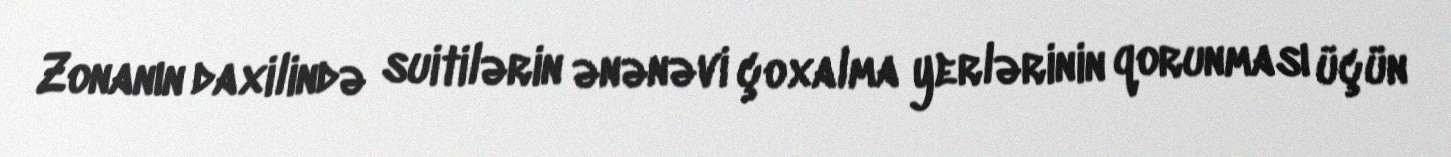
Zonanın daxilində suitilərin ənənəvi çoxalma yerlərinin qorunması üçün